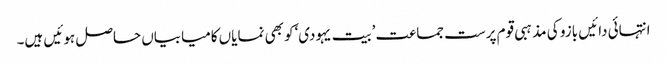
انتہائی دائیں بازو کی مذہبی قوم پرست جماعت ’بیت یہودی‘کو بھی نمایاں کامیابیاں حاصل ہوئیں ہیں۔